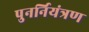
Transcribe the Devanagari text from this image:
पुनर्नियंत्रण